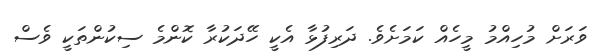
ވަރަށް މުހިއްމު މީހެއް ކަމަށެވެ. ދަރިފުޅާ އެކީ ހޭދަކުރާ ކޮންމެ ސިކުންތަކީ ވެސް